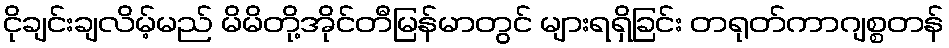
ငိုချင်းချလိမ့်မည် မိမိတို့အိုင်တီမြန်မာတွင် များရရှိခြင်း တရုတ်ကာဂျစ္စတန်